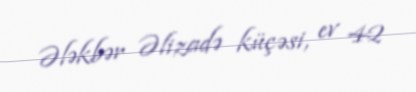
Ələkbər Əlizadə küçəsi, ev 42